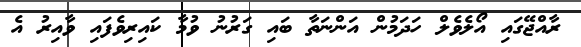
ރާއްޖޭގައި އޯލެވެލް ހަދަމުން އަންނަތާ ބައި ގަރުނު ވުމާ ކައިރިވެފައި ވާއިރު އެ